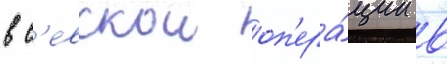
в с'евскои оп'ера́ции в